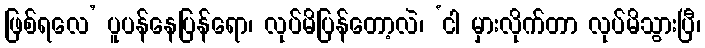
ဖြစ်ရလေ’ ပူပန်နေပြန်ရော၊ လုပ်မိပြန်တော့လဲ၊ ‘ငါ မှားလိုက်တာ လုပ်မိသွားပြီ၊